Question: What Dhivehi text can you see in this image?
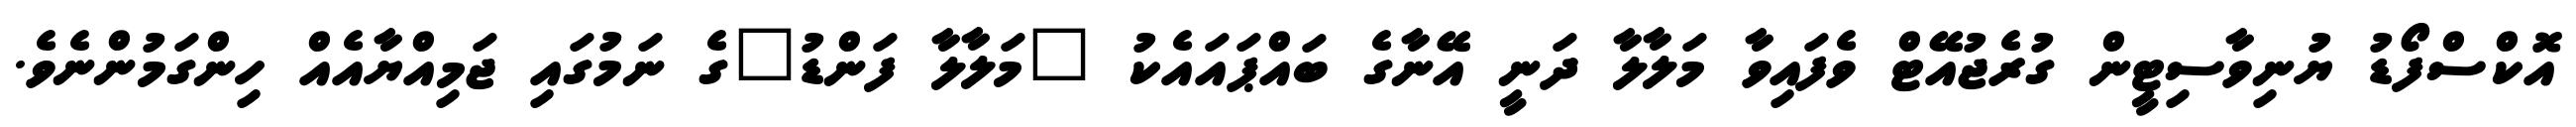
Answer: އޮކްސްފޯޑު ޔުނިވާސިޓީން ގުރެޖުއޭޓް ވެފައިވާ މަލާލާ ދަނީ އޭނާގެ ބައްޕައައެކު "މަލާލާ ފަންޑު"ގެ ނަމުގައި ޖަމިއްޔާއެއް ހިންގަމުންނެވެ.